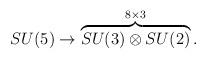
LaTeX: \begin{align*}SU(5) \rightarrow \overbrace{SU(3) \otimes SU(2) }^{8 \times 3} .\end{align*}